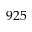
9 2 5